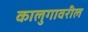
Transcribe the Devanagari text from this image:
कालुगावरील